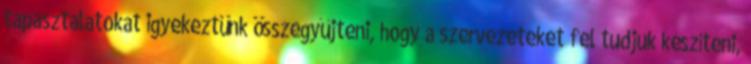
tapasztalatokat igyekeztünk összegyűjteni, hogy a szervezeteket fel tudjuk készíteni,